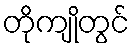
တိုကျိုတွင်